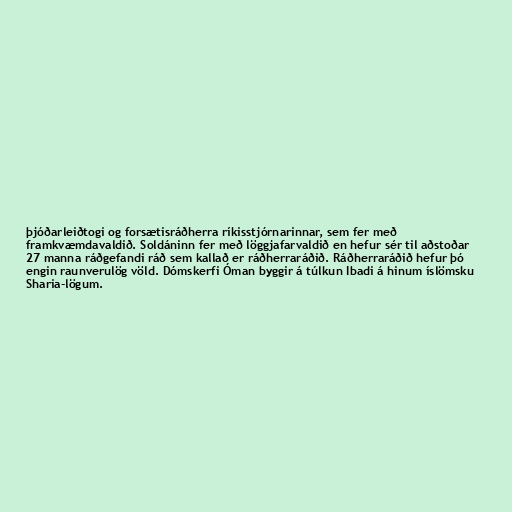
þjóðarleiðtogi og forsætisráðherra ríkisstjórnarinnar, sem fer með
framkvæmdavaldið. Soldáninn fer með löggjafarvaldið en hefur sér til aðstoðar
27 manna ráðgefandi ráð sem kallað er ráðherraráðið. Ráðherraráðið hefur þó
engin raunverulög völd. Dómskerfi Óman byggir á túlkun Ibadi á hinum íslömsku
Sharia-lögum.